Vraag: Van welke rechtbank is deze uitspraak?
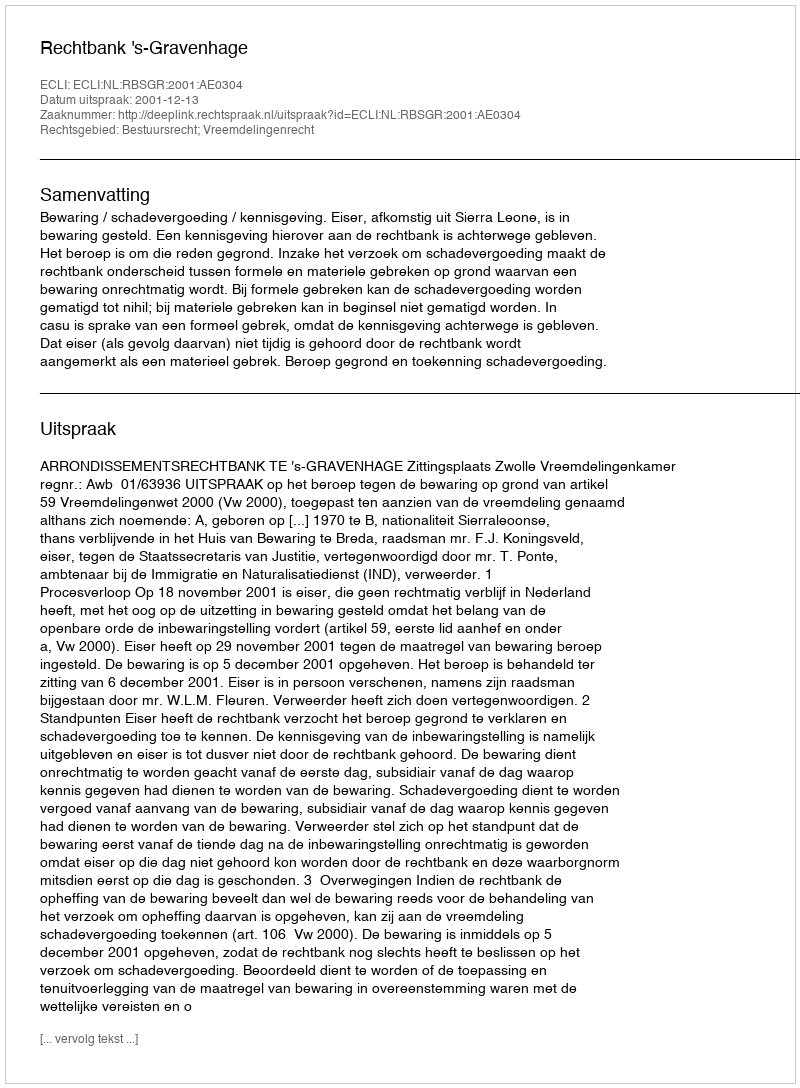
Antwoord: Rechtbank 's-Gravenhage